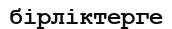
бірліктерге